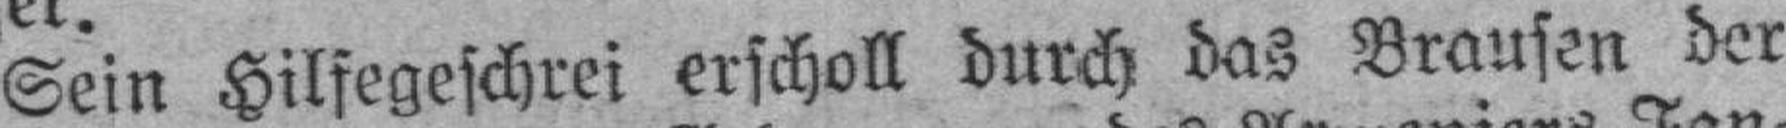
Sein Hilfegeschrei erscholl durch das Brausen der